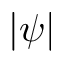
| \psi |